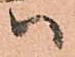
ハ